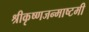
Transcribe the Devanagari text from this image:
श्रीकृष्णजन्माष्टमी